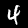
Label: 4